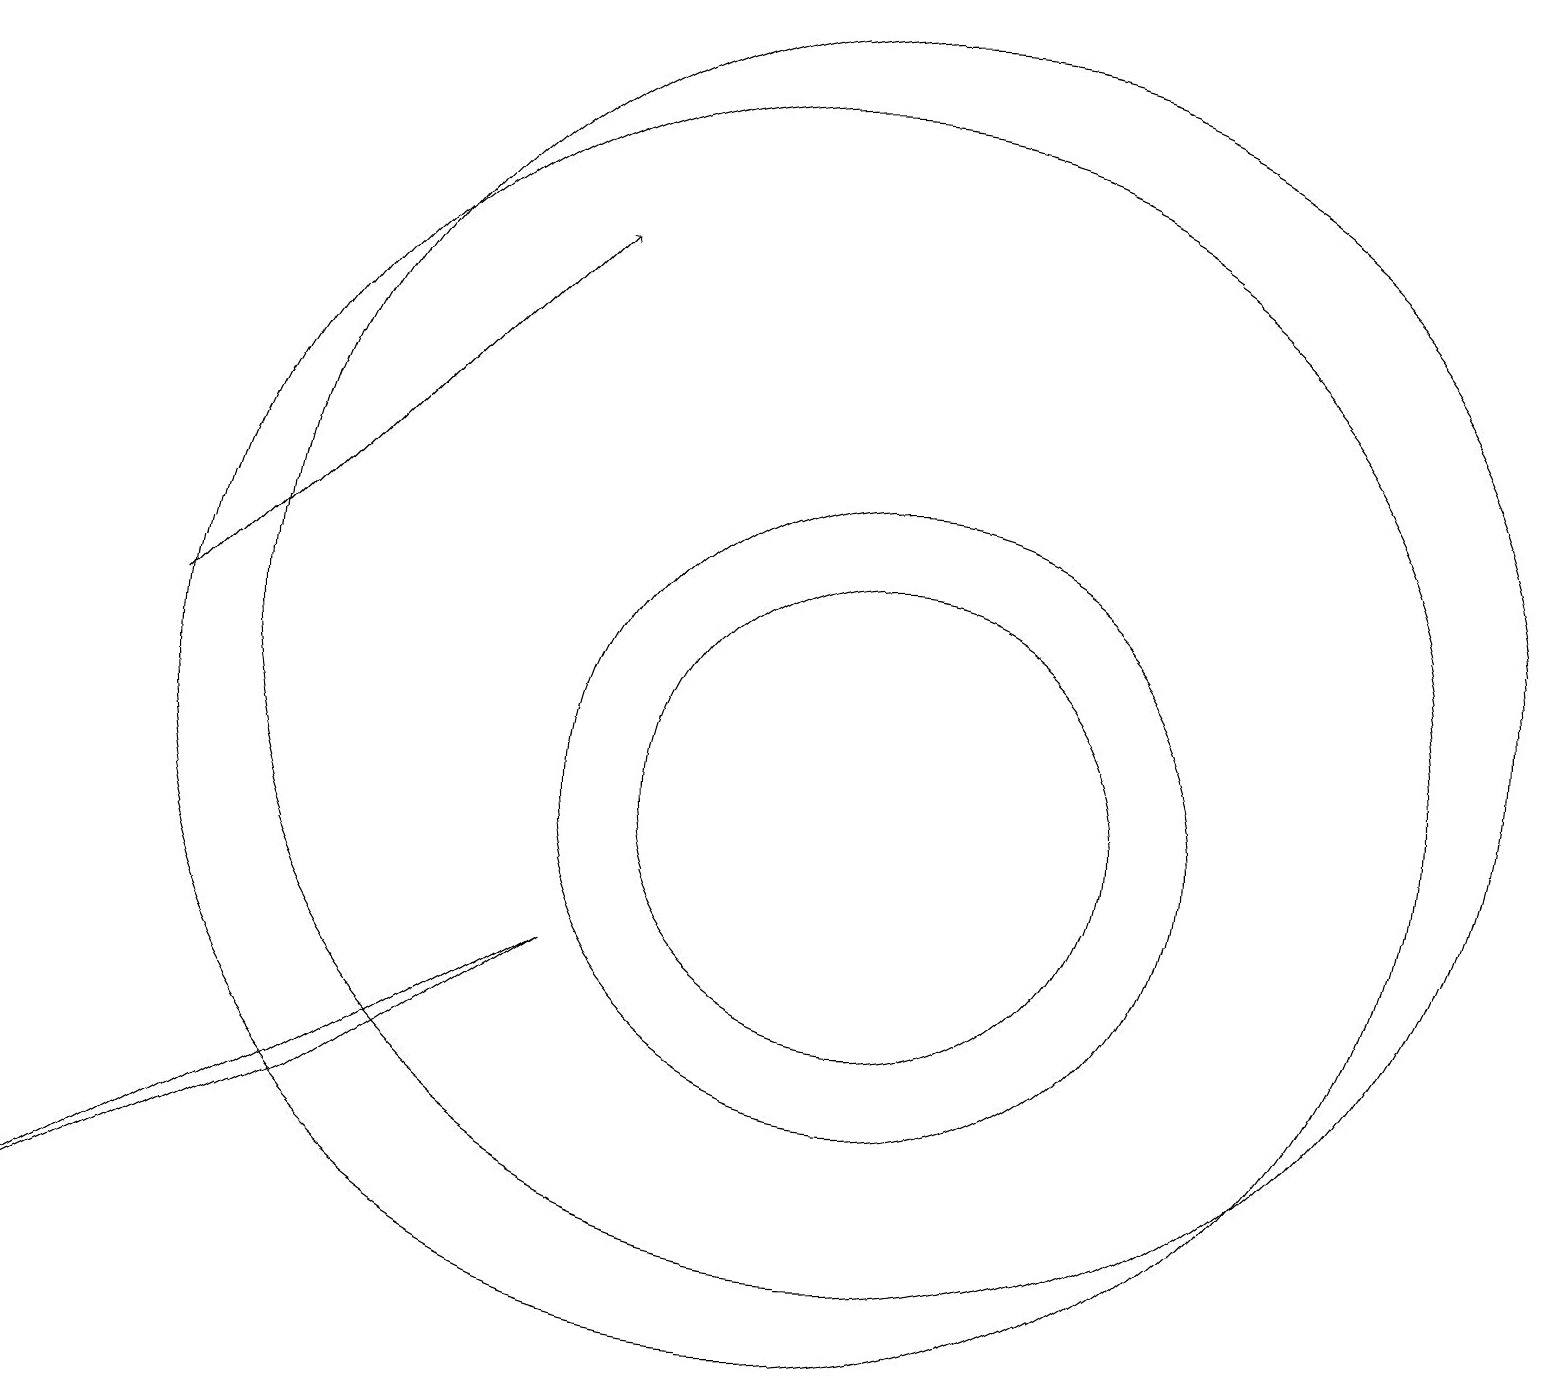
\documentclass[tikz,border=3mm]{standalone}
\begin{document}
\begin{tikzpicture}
\draw[->] (2,12) -- (7,17);
\draw (11,12) circle (8);
\draw (11,10) circle (4);
\draw (0,4) -- (4,6) -- (7,8) -- cycle;
\draw (11,10) circle (3);
\draw (10,11) circle (8);
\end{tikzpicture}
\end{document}